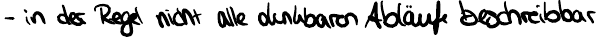
- in der Regel nicht alle denkbaren Abläufe beschreibbar